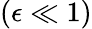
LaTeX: (\epsilon\ll 1)